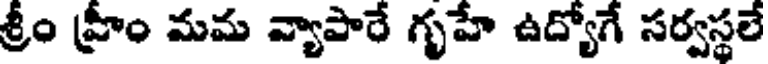
శ్రీం హ్రీం మమ వ్యాపారే గృహే ఉద్యోగే సర్వస్థలే